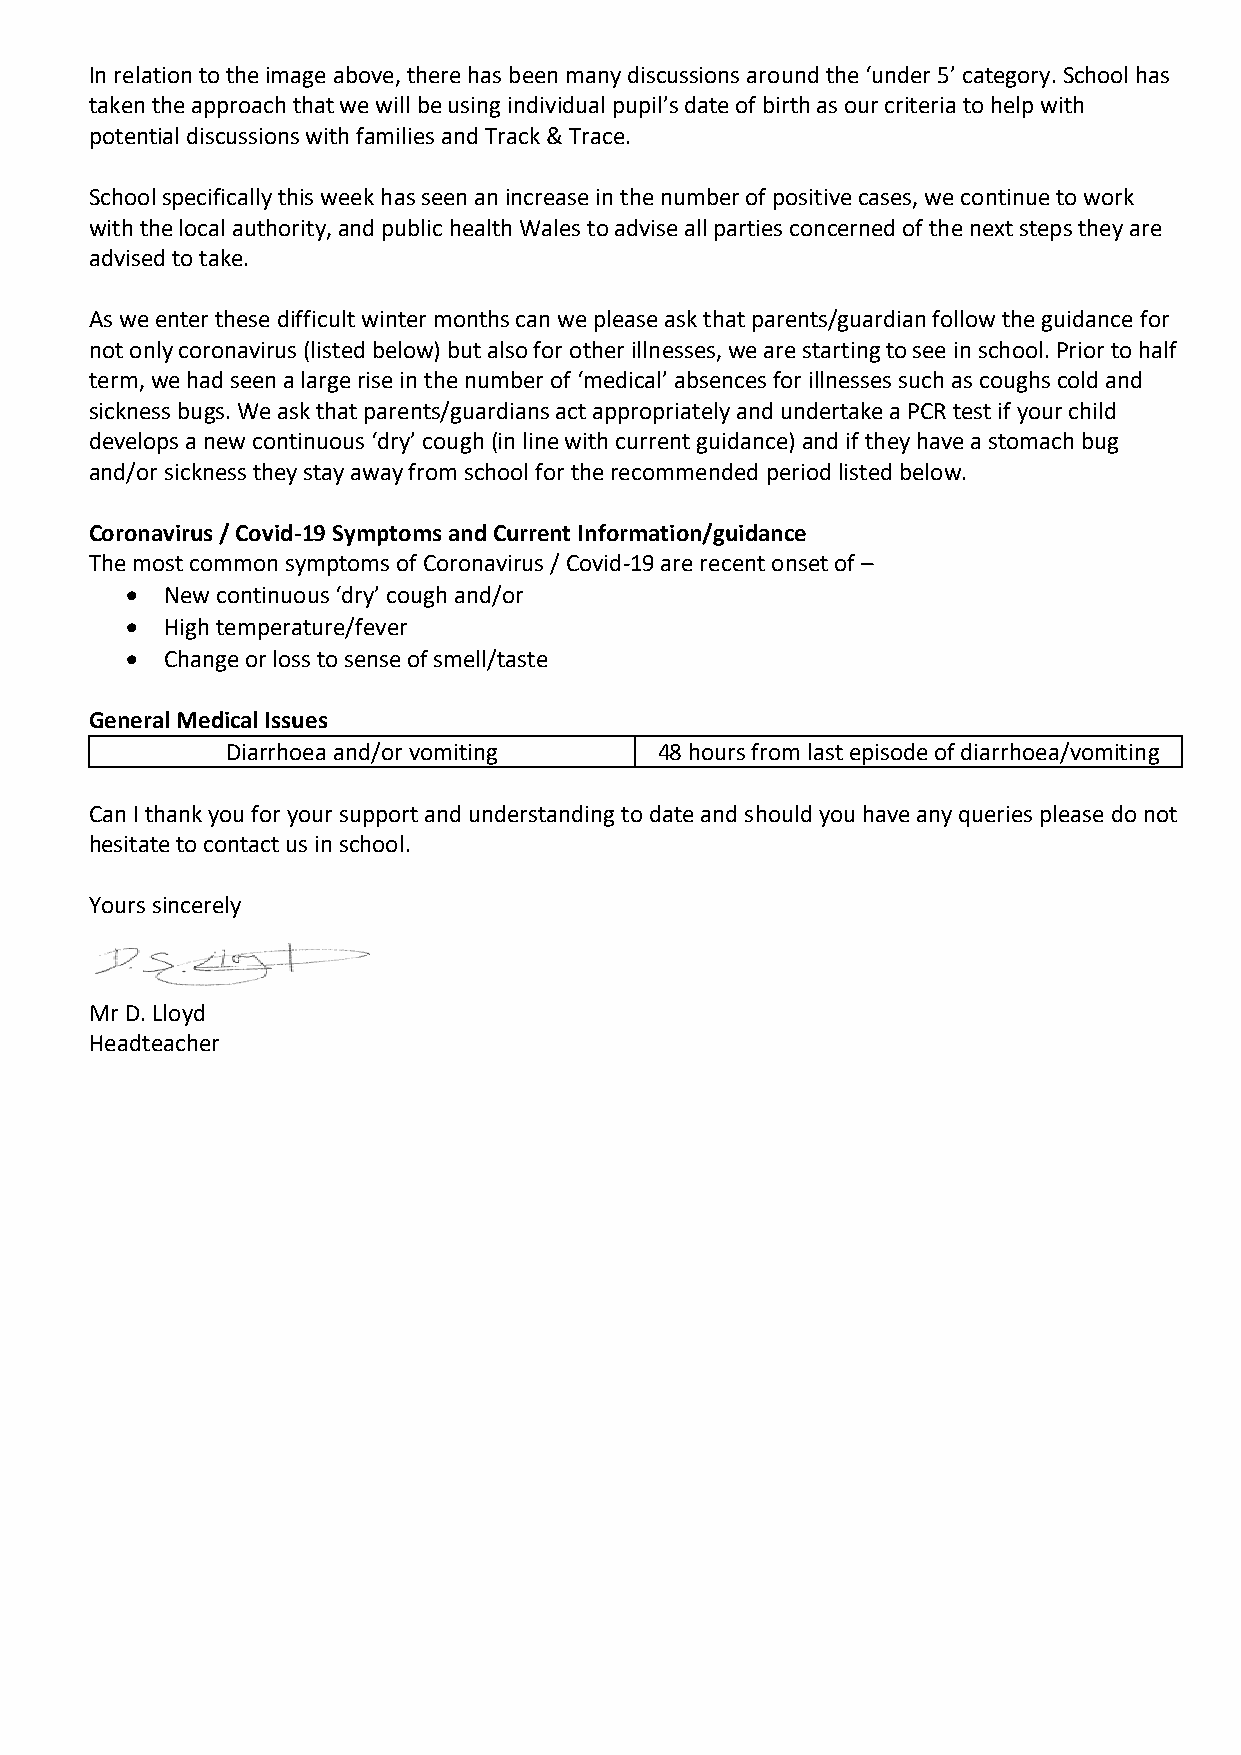
In relation to the image above, there has been many discussions around the ‘under 5’ category. School has
 taken the approach that we will be using individual pupil’s date of birth as our criteria to help with
 potential discussions with families and Track & Trace.
 School specifically this week has seen an increase in the number of positive cases, we continue to work
 with the local authority, and public health Wales to advise all parties concerned of the next steps they are
 advised to take.
 As we enter these difficult winter months can we please ask that parents/guardian follow the guidance for
 not only coronavirus (listed below) but also for other illnesses, we are starting to see in school. Prior to half
 term, we had seen a large rise in the number of ‘medical’ absences for illnesses such as coughs cold and
 sickness bugs. We ask that parents/guardians act appropriately and undertake a PCR test if your child
 develops a new continuous ‘dry’ cough (in line with current guidance) and if they have a stomach bug
 and/or sickness they stay away from school for the recommended period listed below.
 Coronavirus / Covid-19 Symptoms and Current Information/guidance
 The most common symptoms of Coronavirus / Covid-19 are recent onset of –
   New continuous ‘dry’ cough and/or
   High temperature/fever
   Change or loss to sense of smell/taste
 General Medical Issues
 Diarrhoea and/or vomiting    48 hours from last episode of diarrhoea/vomiting
 Can I thank you for your support and understanding to date and should you have any queries please do not
 hesitate to contact us in school.
 Yours sincerely
 Mr D. Lloyd
 Headteacher